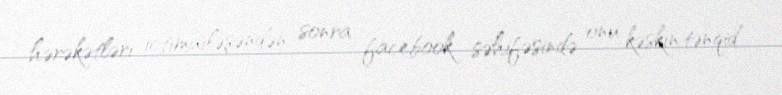
hərəkətləri ictimailəşəndən sonra facebook səhifəsində onu kəskin tənqid